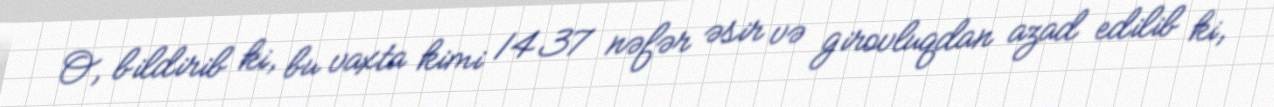
O, bildirib ki, bu vaxta kimi 1437 nəfər əsir və girovluqdan azad edilib ki,